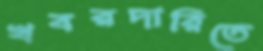
খবরদারিতে